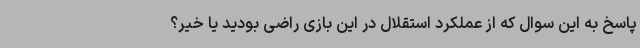
پاسخ به این سوال که از عملکرد استقلال در این بازی راضی بودید یا خیر؟